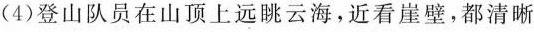
(4)登山队员在山顶上远眺云海，近看崖壁，都清晰